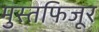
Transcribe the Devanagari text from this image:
मुस्तफिजूर